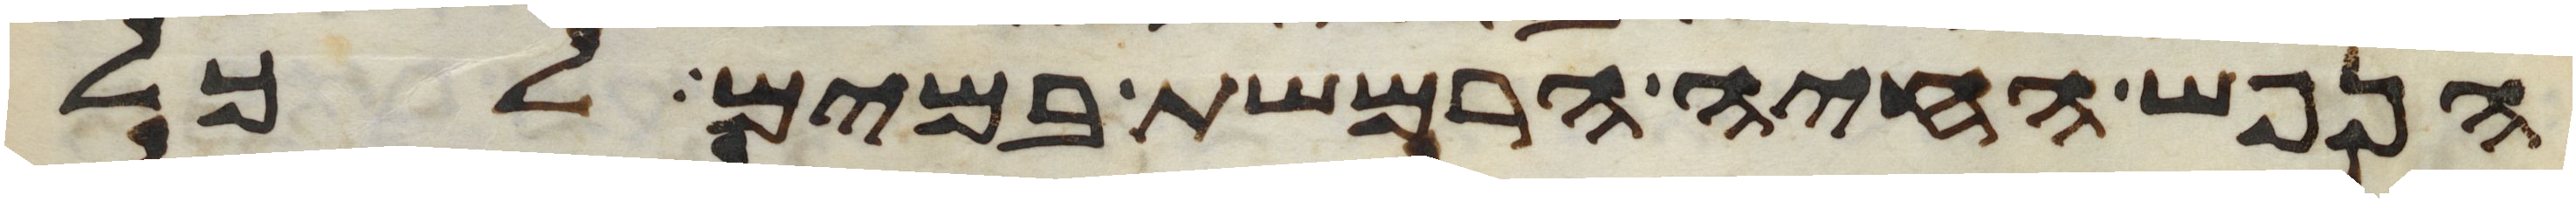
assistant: הנפש החיה הרמשת במים לכל